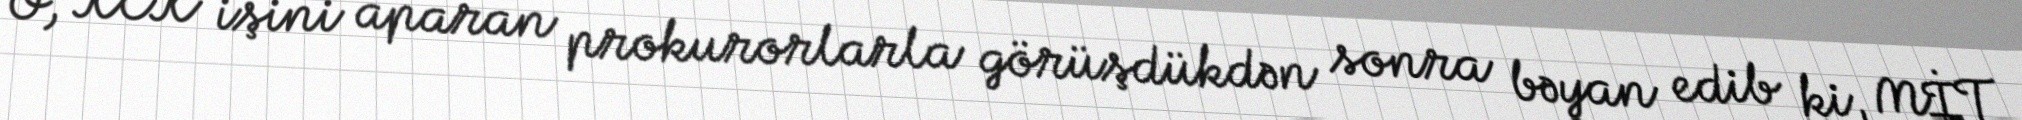
O, KCK işini aparan prokurorlarla görüşdükdən sonra bəyan edib ki, MİT